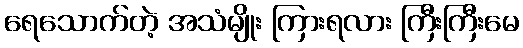
ရေသောက်တဲ့ အသံမျိုး ကြားရလား ကြီးကြီးမေ